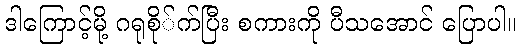
ဒါကြောင့်မို့ ဂရုစို်က်ပြီး စကားကို ပီသအောင် ပြောပါ။